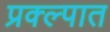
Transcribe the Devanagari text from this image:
प्रक्ल्पात